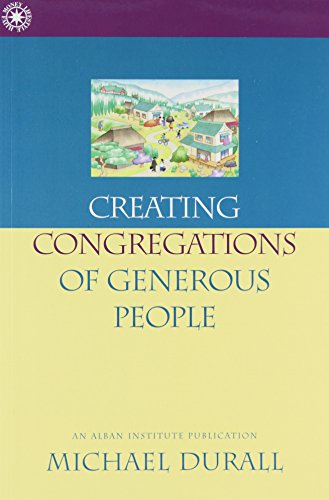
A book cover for Creating Congregations of Generous People; Michael Durall; Christian Books & Bibles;